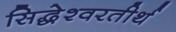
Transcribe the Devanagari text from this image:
सिद्धेश्वरतीर्थ